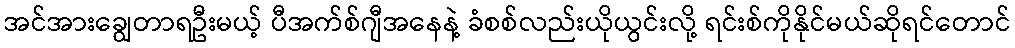
အင်အားချွေတာရဦးမယ့် ပီအက်စ်ဂျီအနေနဲ့ ခံစစ်လည်းယိုယွင်းလို့ ရင်းစ်ကိုနိုင်မယ်ဆိုရင်တောင်